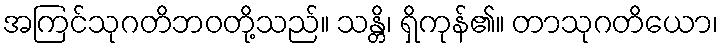
အကြင်သုဂတိဘဝတို့သည်။ သန္တိ၊ ရှိကုန်၏။ တာသုဂတိယော၊